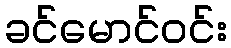
ခင်မောင်ဝင်း